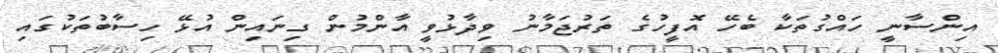
އިންސާނީ ހައްގުތަކާ ބެހޭ އޮފީހުގެ ތަރުޖަމާނު ވިދާޅުވީ އާންމުން ގިނައިން އުޅޭ ހިސާބުތަކުގައި